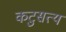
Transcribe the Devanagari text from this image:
कटुसत्य